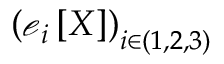
\left( \boldsymbol { \mathscr { e } } _ { i } \left[ X \right] \right) _ { i \in ( 1 , 2 , 3 ) }